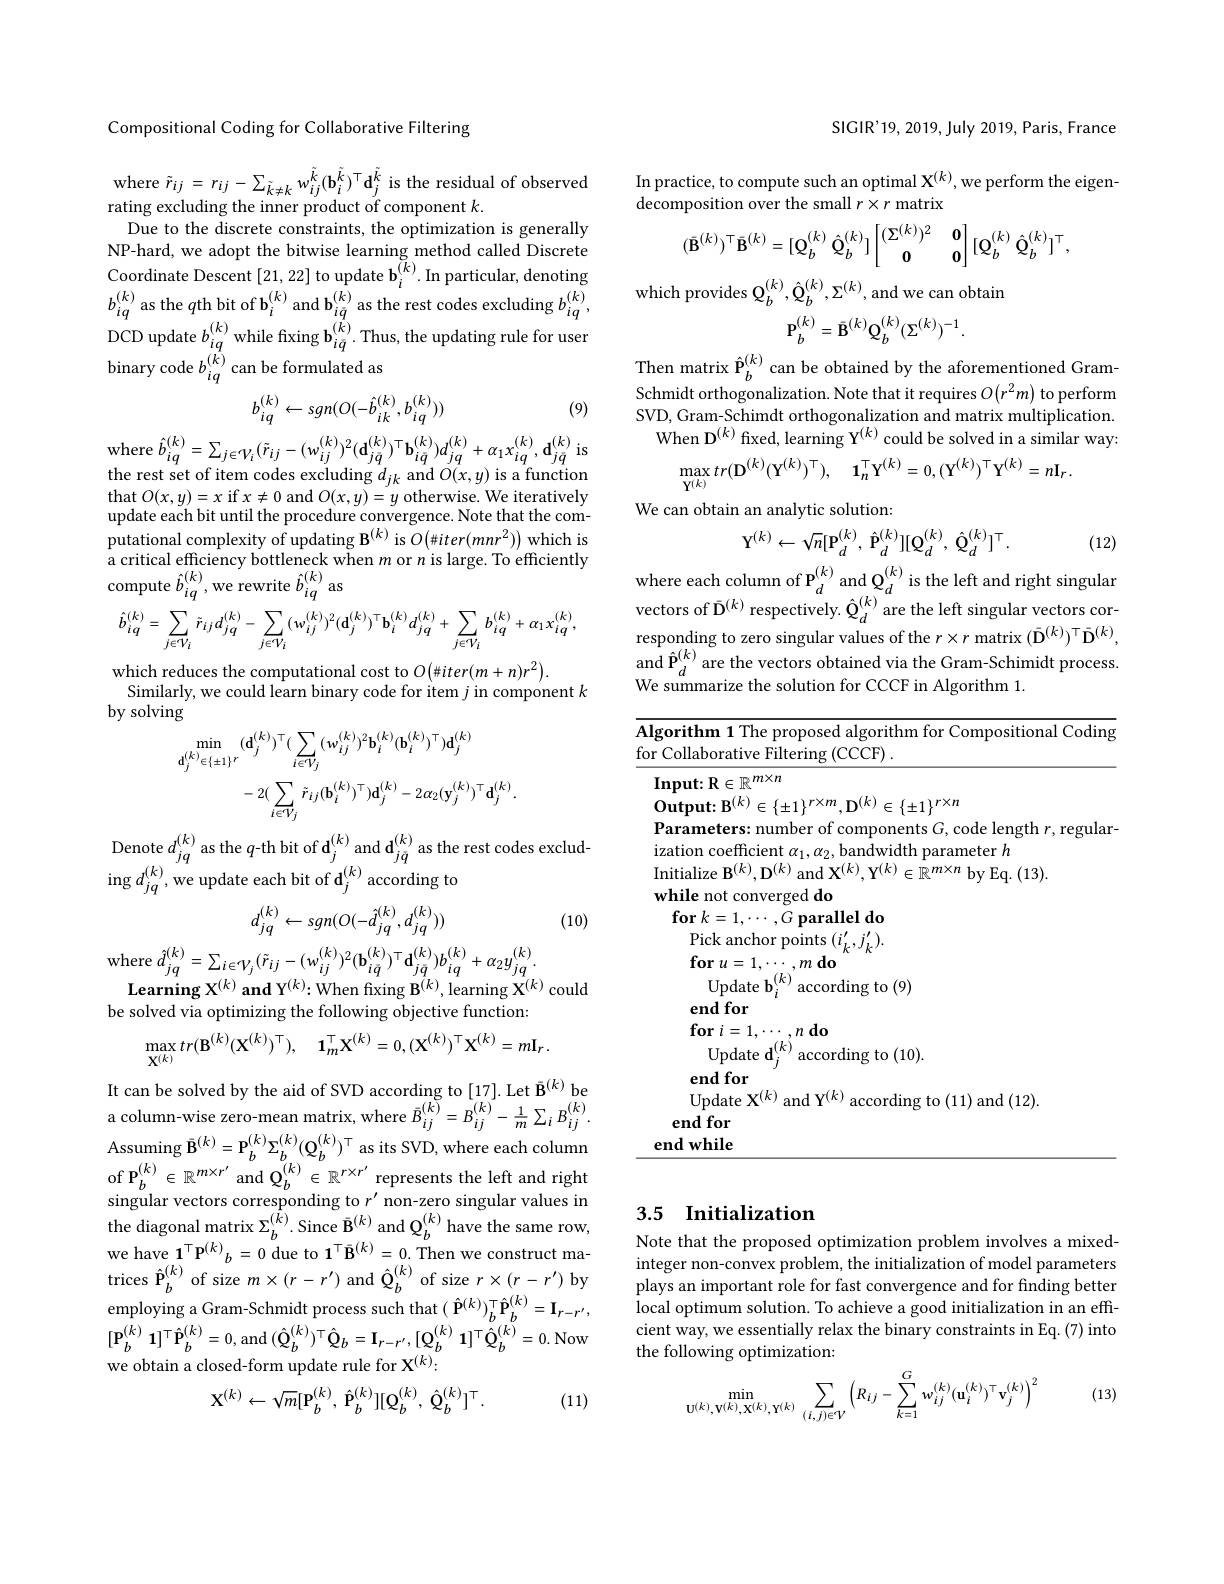
Compositional Coding for Collaborative Filtering

$\begin{array}{l}\mathrm{where~}\tilde{r}_{ij}=r_{ij}-\sum_{\tilde{k}\neq k}w_{ij}^{\tilde{k}}(\mathbf{b}_{i}^{\tilde{k}})^{\top}\mathbf{d}_{j}^{\tilde{k}}\text{ is the residual of observed}\\\mathrm{rating~excluding~the~inner~product~of~component~}k.\end{array}$ Due to the discrete constraints, the optimization is generally NP-hard, we adopt the bitwise learning method called Discrete DCD update $b_{iq}^{(k)}$ while fixing $\mathbf{b}_{i\bar{q}}^{(\hat{k})}.$ Thus, the updating rule for user binary code $b_{iq}^{(\hat{k})}$ can be formulated as

(9)
$$b_{iq}^{(k)}\leftarrow sgn(O(-\hat{b}_{ik}^{(k)},b_{iq}^{(k)}))$$
$$\hat{b}_{iq}^{(k)}=\sum_{j\in\mathcal{V}_{i}}(\tilde{r}_{ij}-(w_{ij}^{(k)})^{2}(\mathbf{d}_{j\bar{q}}^{(k)})^{\top}\mathbf{b}_{i\bar{q}}^{(k)})d_{jq}^{(k)}+\alpha_{1}x_{iq}^{(k)},\:\mathbf{d}_{j\bar{q}}^{(k)}$$
is
the rest set of item codes excluding $d_{jk}$ and $O(x,y)$ is a function $\begin{array}{l}{\mathrm{that~}O(x,y)=x\mathrm{~if~}x\neq0\mathrm{~and~}O(x,y)=y\mathrm{~otherwise.~We~iteratively}}\\{\mathrm{update~each~bit~until~the~procedure~convergence.~Note~that~the~com-}}\\\end{array}$ putational complexity of updating $\mathbf{B}^{(k)}$ is $O\left(\#iter(mnr^{2})\right)$ which is a critical efficiency bottleneck when $m$ or $n$ is large. To efficiently compute $\hat{b}_{iq}^{(k)}$,we rewrite $\hat{b}_{iq}^{(k)}$ as
$$\hat{b}_{iq}^{(k)}=\sum_{j\in\mathcal{V}_{i}}\tilde{r}_{ij}d_{jq}^{(k)}-\sum_{j\in\mathcal{V}_{i}}(w_{ij}^{(k)})^{2}(\mathbf{d}_{j}^{(k)})^{\top}\mathbf{b}_{i}^{(k)}d_{jq}^{(k)}+\sum_{j\in\mathcal{V}_{i}}b_{iq}^{(k)}+\alpha_{1}x_{iq}^{(k)},$$
which reduces the computational cost to $O(\#iter(m+n)r^{2}).$
Similarly, we could learn binary code for item $j$ in component $k$
by solving
$$\begin{aligned}&\operatorname*{min}_{\mathbf{d}_{j}^{(k)}\in\{\pm1\}^{r}}(\mathbf{d}_{j}^{(k)})^{\top}(\sum_{i\in V_{j}}(w_{ij}^{(k)})^{2}\mathbf{b}_{i}^{(k)}(\mathbf{b}_{i}^{(k)})^{\top})\mathbf{d}_{j}^{(k)}\\&-2(\sum_{i\in V_{j}}\tilde{r}_{ij}(\mathbf{b}_{i}^{(k)})^{\top})\mathbf{d}_{j}^{(k)}-2\alpha_{2}(\mathbf{y}_{j}^{(k)})^{\top}\mathbf{d}_{j}^{(k)}.\\\end{aligned}$$
Denote $d_{jq}^{(k)}$ as the $q\text{-th bit of d}_j^{(k)}$ and $\mathbf{d}_j\bar{q}^{(k)}$ as the rest codes exclud-
$\operatorname{ing}d_{jq}^{(k)}$,we update each bit of $\mathbf{d}_j^{(k)}$ according to

(10)
$$d_{jq}^{(k)}\leftarrow sgn(O(-\hat{d}_{jq}^{(k)},d_{jq}^{(k)}))$$
where $\hat{d} _{jq}^{( k) }= \sum _{i\in \mathcal{V} _{j}}( \tilde{r} _{ij}- ( w_{ij}^{( k) }) ^{2}( \mathbf{b} _{i\dot{q} }^{( k) }) ^{\top }\mathbf{d} _{j\bar{q} }^{( k) }) b_{iq}^{( k) }+ \alpha _{2}y_{jq}^{( k) }.$ $\textbf{Learning X}^{( k) }\mathrm{~and~Y}^{( k) }; \mathrm{~When~fixing~B}^{( k) }, \mathrm{~learning~X}^{( k) }$ could

be solved via optimizing the following objective function:
$$\max_{\mathbf{X}^{(k)}}tr(\mathbf{B}^{(k)}(\mathbf{X}^{(k)})^{\top}),\quad\mathbf{1}_{m}^{\top}\mathbf{X}^{(k)}=0,(\mathbf{X}^{(k)})^{\top}\mathbf{X}^{(k)}=m\mathbf{I}_{r}.$$
It can be solved by the aid of SVD according to [17]. Let $\bar{\mathbf{B}}^{(k)}$be ${\mathrm{column-wise~zero-mean~matrix,~where~}\bar{B}}_{ij}^{(k)}={\tilde{B}}_{ij}^{(k)}-{\frac{1}{m}}\sum_{i}B_{ij}^{(k)}.$ $\mathop{\mathrm{Assuming~}}\tilde{\mathbf{B}}^{(k)}=\mathbf{P}_{b}^{(k)}\Sigma_{b}^{(k)}(\mathbf{Q}_{b}^{(k)})^{\top}$ as its SVD, where each column of P$_b^{(k)}\in\mathbb{R}^{m\times r^{\prime}}$and $\mathbf{Q}_b^{(k)}\in\mathbb{R}^{r\times r^{\prime}}$ represents the left and right singular vectors corresponding to $r^\prime$ non-zero singular values in the diagonal matrix $\Sigma_{b}^{(\tilde{k})}$. Since $\bar{\mathbf{B}}^{(k)}$ and $\mathbb Q_{b}^{(k)}$ have the same row, we have $\mathbf{1}^{\top}\mathbf{P}^{(k)}_{b}=0$ due to $\mathbf{1}^{\top}\bar{\mathbf{B}}^{(k)}=0.$ Then we construct matrices $\hat{\mathbf{P}}_{b}^{(k)}$ of size $m\times(r-r^\prime)$ and $\hat{\mathbf{Q}}_{b}^{(k)}$ of size $r\times(r-r^\prime)$ by $\underset{{\mathrm{employing~a~Gram-Schmidt~process~such~that~(~\hat{\mathbf{P}}^{(k)})_{b}^{\top}\hat{\mathbf{P}}_{b}^{(k)}=\mathbf{I}_{r-r^{\prime}},}}}$ $[ \mathbf{P} _{b}^{( k) }$ $\mathbf{1} ] ^{\top }\hat{\mathbf{P} } _{b}^{( k) }= 0$,and$( \hat{\mathbf{Q} } _{b}^{( k) }) ^{\top }\hat{\mathbf{Q} } _{b}= \mathbf{I} _{r- r^{\prime }}, [ \mathbf{Q} _{b}^{( k) }$ $\mathbf{1} ] ^{\top }\hat{\mathbf{Q} } _{b}^{( k) }= 0.$Now ${\mathrm{we~obtain~a~closed-form~update~rule~for~X}^{(k)}};$
$$\mathbf{X}^{(k)}\leftarrow\sqrt{m}[\mathbf{P}_{b}^{(k)},\:\hat{\mathbf{P}}_{b}^{(k)}][\mathbf{Q}_{b}^{(k)},\:\hat{\mathbf{Q}}_{b}^{(k)}]^{\top}.$$
(11)

SIGIR'19, 2019, July 2019, Paris, France

In practice, to compute such an optimal $\mathbf{X}^{(k)}$,we perform the eigen-
decomposition over the small $r\times r$ matrix
$$(\bar{\mathbf{B}}^{(k)})^{\top}\bar{\mathbf{B}}^{(k)}=[\mathbf{Q}_{b}^{(k)}\:\hat{\mathbf{Q}}_{b}^{(k)}]\begin{bmatrix}(\Sigma^{(k)})^{2}&\mathbf{0}\\\mathbf{0}&\mathbf{0}\end{bmatrix}[\mathbf{Q}_{b}^{(k)}\:\hat{\mathbf{Q}}_{b}^{(k)}]^{\top},$$
$$\mathbf{P}_{b}^{(k)}=\bar{\mathbf{B}}^{(k)}\mathbf{Q}_{b}^{(k)}(\Sigma^{(k)})^{-1}.$$
Then matrix $\hat{\mathbf{P} } _{b}^{( k) }$ can be obtained by the aforementioned Gram- Schmidt orthogonalization. Note that it requires $O\left ( r^{2}m\right )$to perform SVD, Gram- Schimdt orthogonalization and matrix multiplication.
When D$^{(k)}$ fixed, learning Y$^(k)$ could be solved in a similar way:
$$\max_{\mathbf{Y}^{(k)}}tr(\mathbf{D}^{(k)}(\mathbf{Y}^{(k)})^{\top}),\quad\mathbf{1}_{n}^{\top}\mathbf{Y}^{(k)}=0,(\mathbf{Y}^{(k)})^{\top}\mathbf{Y}^{(k)}=n\mathbf{I}_{r}.$$
We can obtain an analytic solution:
$$\mathrm{Y}^{(k)}\leftarrow\sqrt{n}[\mathrm{P}_{d}^{(k)},\:\hat{\mathrm{P}}_{d}^{(k)}][\mathrm{Q}_{d}^{(k)},\:\hat{\mathrm{Q}}_{d}^{(k)}]^{\top}.$$
(12)

where each column of P$_d^{(k)}$ and Q$_d^{(k)}$ is the left and right singular vectors of $\bar{\mathbf{D}}^{(k)}$ respectively. $\hat{\mathbf{Q}}_d^{(k)}$are the left singular vectors corresponding to zero singular values of the $r\times r$ matrix $(\bar{\mathbf{D}}^{(k)})^{\top}\bar{\mathbf{D}}^{(k)}$, $\underset{\mathrm{and}}{\hat{\mathbf{P}}}_{d}^{(k)}$are the vectors obtained via the Gram-Schimidt process. We summarize the solution for CCCF in Algorithm 1.

Algorithm 1 The proposed algorithm for Compositional Coding
for Collaborative Filtering (CCCF) .
${\mathrm{Input:R}\in\mathbb{R}^{m\times n}}$
$\dot{\mathrm{Output:B}}^{(k)}\in\{\pm1\}^{r\times m},\mathbf{D}^{(k)}\in\{\pm1\}^{r\times n}$
Parameters: number of components $G$, code length $r$, regular-
ization coefficient $\alpha_1,\alpha_2$, bandwidth parameter $h$
Initialize B$^{(k)},\mathbf{D}^{(k)}$ and $\mathbf{X}^{(k)},\mathbf{Y}^{(k)}\in\tilde{\mathbb{R}}^{m\times n}$ by Eq. (13).
while not converged do
$\textbf{for }k= 1, \cdots , G$ parallel do
$\begin{array}{l}{\mathrm{Pick~anchor~points~}(i_{k}^{\prime},j_{k}^{\prime}).}\\{\mathbf{for~}u=1,\cdots,m\textbf{ do}}\end{array}$
$\textbf{for}u= 1, \cdots , m\textbf{do}\text{Update b}_{i}^{( k) }$according to(9)
end for
$\textbf{for }i= 1, \cdots _{( k) }n\textbf{do}$
${\mathrm{Update~d}}_{j}^{(k)}$according to(10).
end for
Update X$^{(k)}$ and Y$^{(k)}$ according to (11) and (12).
end for end while

## 3.5 $\textbf{Initialization}$

Note that the proposed optimization problem involves a mixedinteger non-convex problem, the initialization of model parameters plays an important role for fast convergence and for finding better local optimum solution. To achieve a good initialization in an effcient way, we essentially relax the binary constraints in Eq. (7) into the following optimization:
$$\min_{\mathbf{U}^{(k)},\mathbf{V}^{(k)},\mathbf{X}^{(k)},\mathbf{Y}^{(k)}}\sum_{(i,j)\in\mathcal{V}}\left(R_{ij}-\sum_{k=1}^{G}w_{ij}^{(k)}(\mathbf{u}_{i}^{(k)})^{\top}\mathbf{v}_{j}^{(k)}\right)^{2}$$
(13)